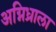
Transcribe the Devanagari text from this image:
अग्निध्राला